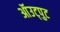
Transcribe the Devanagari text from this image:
ऑउट्पुट